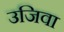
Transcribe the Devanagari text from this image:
उजिवा